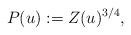
LaTeX: \begin{align*}P(u):=Z(u)^{3/4}, \end{align*}